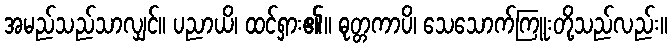
အမည်သည်သာလျှင်။ ပညာယိ၊ ထင်ရှား၏။ ဓုတ္တကာပိ၊ သေသောက်ကြူးတို့သည်လည်း။